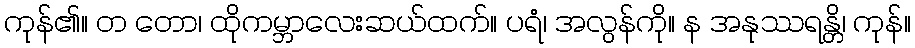
ကုန်၏။ တ တော၊ ထိုကမ္ဘာလေးဆယ်ထက်။ ပရံ၊ အလွန်ကို။ န အနုဿရန္တိ၊ ကုန်။